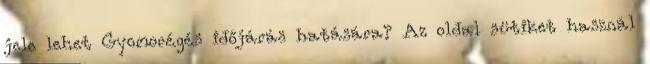
jele lehet Gyomorégés időjárás hatására? Az oldal sütiket használ